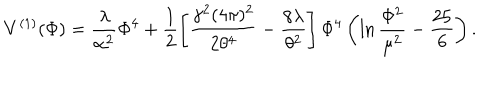
V ^ { ( 1 ) } ( \Phi ) = \frac { \lambda } { \alpha ^ { 2 } } \Phi ^ { 4 } + \frac { 1 } { 2 } \left[ \frac { \gamma ^ { 2 } ( 4 \pi ) ^ { 2 } } { 2 \theta ^ { 4 } } - \frac { 8 \lambda } { \theta ^ { 2 } } \right] \Phi ^ { 4 } \left( \ln \frac { \Phi ^ { 2 } } { \mu ^ { 2 } } - \frac { 2 5 } { 6 } \right) .